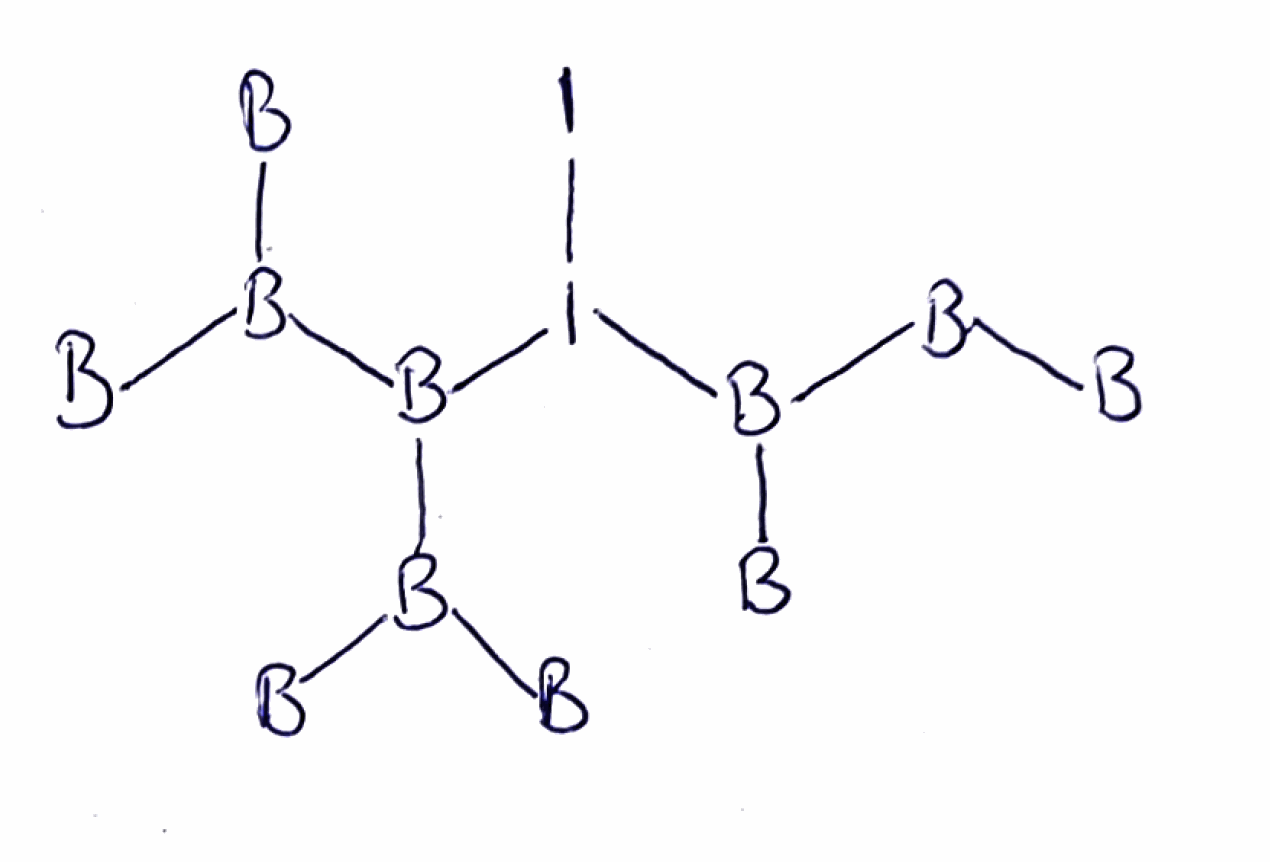
Simplified molecular-input line-entry system (SMILES) notation of the given molecule:
[B][B]B([B])I(B(B([B])[B])B([B])[B])I